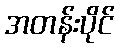
အတန်းပိုင်